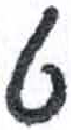
אות: ט